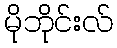
မိုဘိုင်းလ်